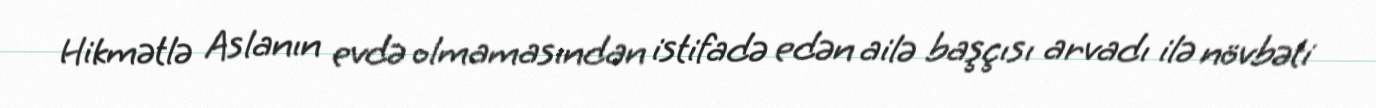
Hikmətlə Aslanın evdə olmamasından istifadə edən ailə başçısı arvadı ilə növbəti